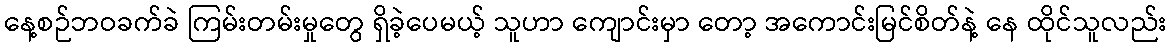
နေ့စဉ်ဘဝခက်ခဲ ကြမ်းတမ်းမှုတွေ ရှိခဲ့ပေမယ့် သူဟာ ကျောင်းမှာ တော့ အကောင်းမြင်စိတ်နဲ့ နေ ထိုင်သူလည်း